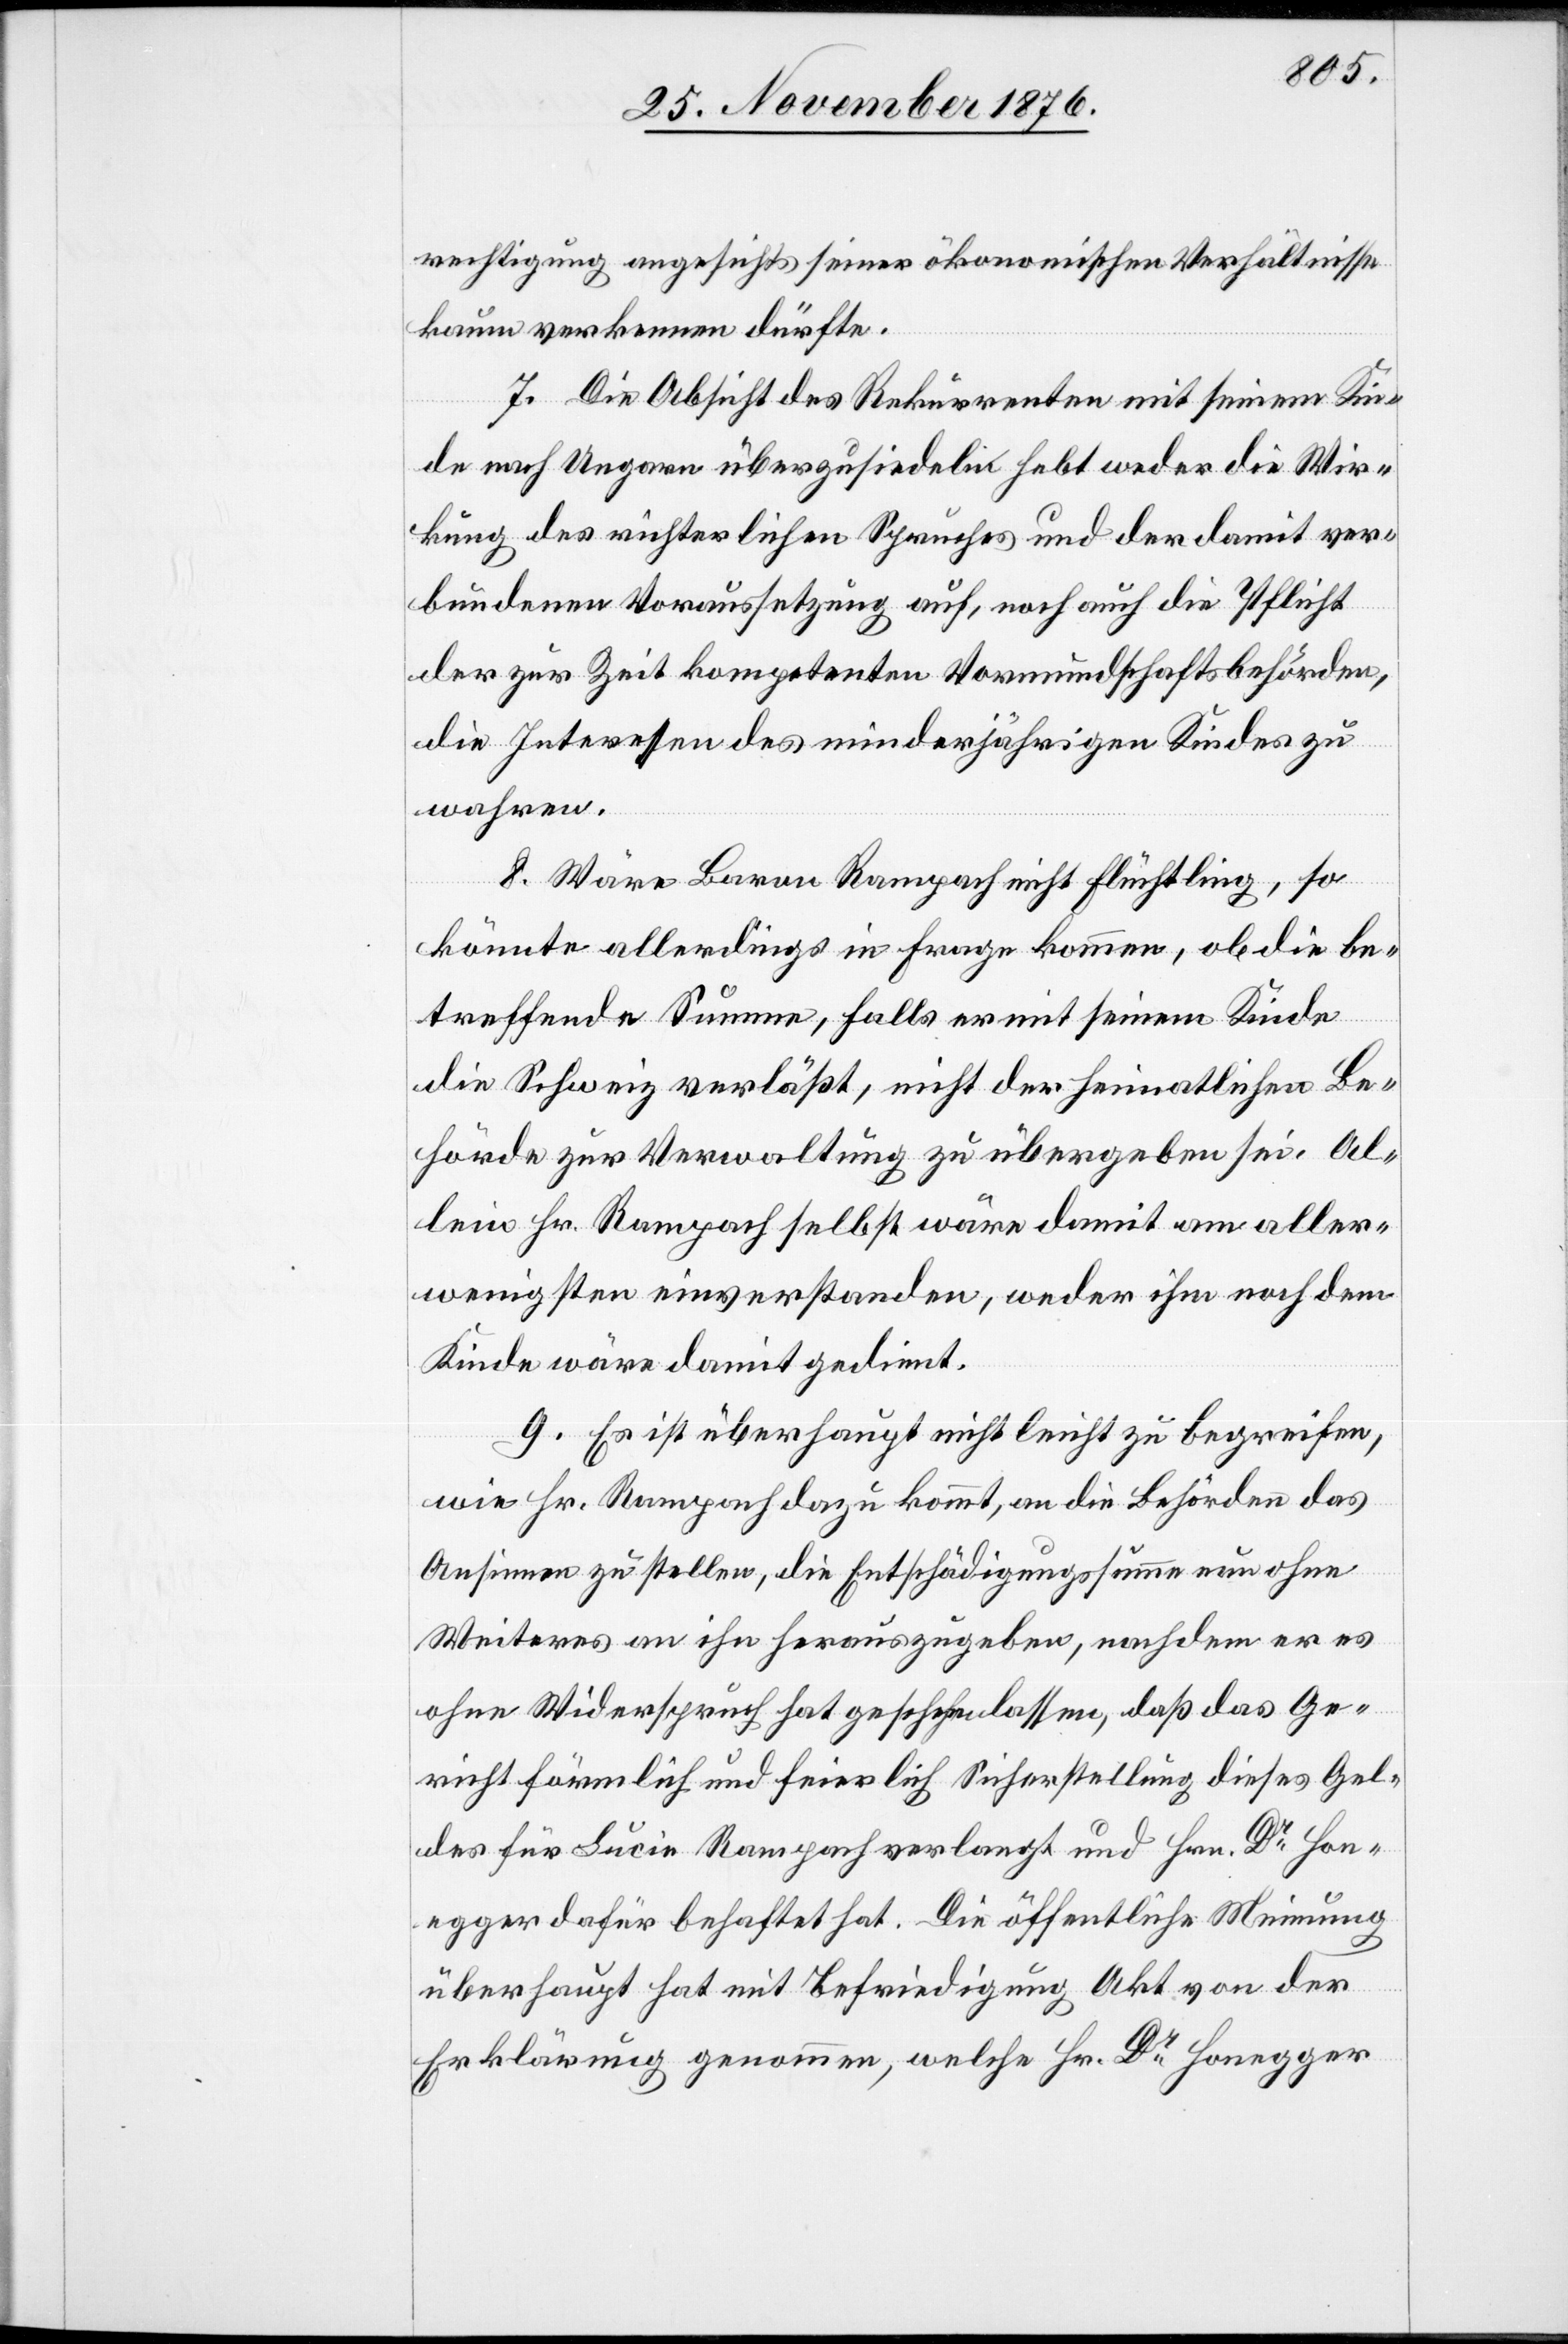
rechtigung angesichts seiner ökonomischen Verhältnisse
kaum vorkommen dürfte.
7. Die Absicht des Rekurrenten mit seinem Kin¬
de nach Ungarn überzusiedeln hebt weder die Wir¬
kung des richterlichen Spruches und der damit ver¬
bundenen Voraussetzung auf, noch auch die Pflicht
der zur Zeit kompetenten Vormundschaftsbehörden,
die Interessen des minderjährigen Kindes zu
wahren.
8. Wäre Baron Rampach nicht flüchtig, so
könnte allerdings in Frage kommen, ob die be¬
treffende Summe, falls er mit seinem Kinde
die Schweiz verläßt, nicht der heimatlichen Be¬
hörde zur Verwaltung zu übergeben sei. Al¬
lein Hr. Rampach selbst wäre damit am aller¬
wenigsten einverstanden, weder ihm noch dem
Kinde wäre damit gedient.
9. Es ist überhaupt nicht leicht zu begreifen,
wie Hr. Rampach dazu kommt, an die Behörden das
Ansinnen zu stellen, die Entschädigungssumme nun ohne
Weiteres an ihn herauszugeben, nachdem er es
ohne Widerspruch hat geschehen lassen, daß das Ge¬
richt förmlich und feierlich Sicherstellung dieses Gel¬
des für Lucie Rampach verlangt und Hrn. Dr Hon¬
egger dafür behaftet hat. Die öffentliche Meinung
überhaupt hat mit Befriedigung Akt von der
Erklärung genommen, welche Hr. Dr Honegger